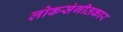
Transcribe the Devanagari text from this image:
लोकसंगीतकार